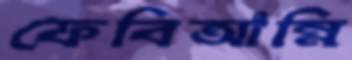
ফেবিআন্নি